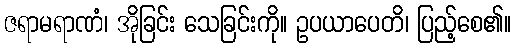
ဇရာမရာဏံ၊ အိုခြင်း သေခြင်းကို။ ဥပယာပေတိ၊ ပြည့်စေ၏။